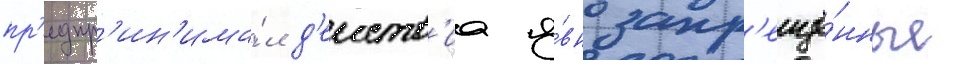
пр'едпр'ин'има́л д'еиств'иа я́вно запр'ещё́нные